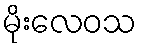
မိုးလေဝသ